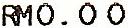
RM0.00